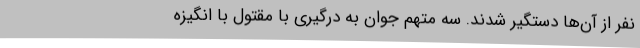
نفر از آن‌ها دستگیر شدند. سه متهم جوان به درگیری با مقتول با انگیزه